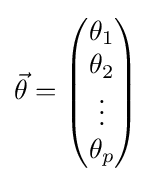
{\vec {\theta }}={\begin{pmatrix}\theta _{1}\\\theta _{2}\\\vdots \\\theta _{p}\end{pmatrix}}